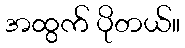
အထွက် ပိုတယ်။